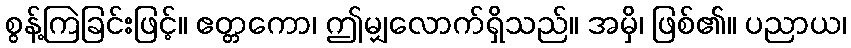
စွန့်ကြဲခြင်းဖြင့်။ ဧတ္တကော၊ ဤမျှလောက်ရှိသည်။ အမှိ၊ ဖြစ်၏။ ပညာယ၊